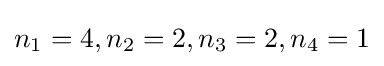
n_{1}=4,n_{2}=2,n_{3}=2,n_{4}=1